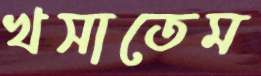
খসাতেম